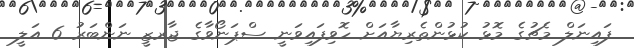
ފައިނަލް މެޗުގެ މޮޅު ކުޅުންތެރިޔާއަށް ހޮވިފައިވަނީ ސްޕަނޯވާގެ ޖާރޒީ ނަންބަރު 6 އަލީ